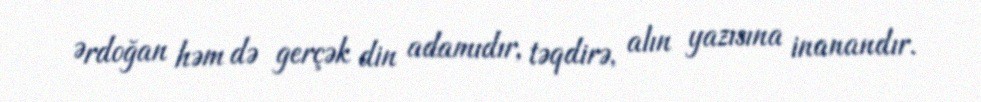
Ərdoğan həm də gerçək din adamıdır, təqdirə, alın yazısına inanandır.